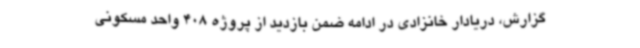
گزارش، دریادار خانزادی در ادامه ضمن بازدید از پروژه 408 واحد مسکونی